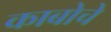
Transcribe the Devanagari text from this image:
काबोचे